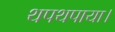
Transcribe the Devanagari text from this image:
थपथपाया।